Lunatic asylums Madras 1892-1911 - 1892-1911
Year: 1892
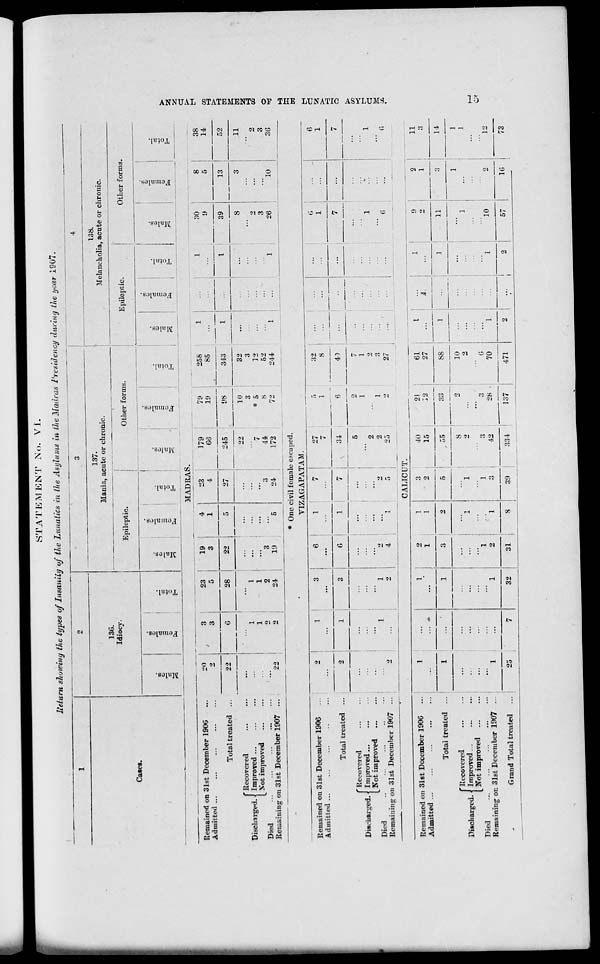
STATEMENT No. VI.
lieturn showing the types of Insanity of the Lunatics in the Asylums in the Madras Presidency during the year 1907.
1
a
3
4
13G.
Idiocy.
137.
Mania, acute or chronic.
138.
Melancholia, acute or chronic.
Cases.
Epileptic.
Other forms.
Epileptic.
Other forms.
CO
o
Females.
Total.
to
to
—
•
a,
gl 3
a
fi
I
. 1- j 1
£
i
o
S
fci
=H
1
1
Females.
-.3
CD
"3
3
Females.
!
Total.
MADRAS.
Remained on 31st December 190G
Admitted ...
Total treated
"Recovered
Discharged. Improved...
Not improved
Died
Remaining on 31st December 1907
20
3
23
19
4
23
2
3
5
3
1
4
22
G
28
22
5
27
...
i
1
...
...
1
1
...
...
o
2
3
3
22
2
24
19
5
24
179
GG
245
i
44
172
* One civil female escaped.
VIZAGAPATAM.
Remained on 31st December 1906
Admitted ...
Total treated
[Recovered
Improved ...
Not improved
Died
Rcmaininc on 31st December 1907
CALICUT.
Remained on 31st December 190G
Admitted
Total treated
"Recovered
Discharged.- Improved...
Not improved
Died
Remaining on 31st December 1907
Grand Total treated
32
1
31
3
40
15
55
8
•>
3
42
21
12
33
28
39
334
137
61
I
27
...
88
1
10
2
...
6
70
1
471
2
9
•>
2
1
11
10
1G
79
258
1
1
30
8
38
19
85
...
9
5
14
( M
343
I
1
39
13
52
10
32
1
8
3
11
3
3
...
...
• 5
12
...
2
2
8
52
3
3
72
244
1
1
26
10
3G
2
1
3
e
1
7
27
5
32
6
6
...
...
7
1
8 !
1
1
2
1
3
G
1
7
34
6
4)
7
...
7
...
...
5
2
7
1
1
...
...
2
2
i
.:.
1
1
1
2
2
2
1
:;
...
2
2
4
1
5
25
-
27
1
6
...
6
11
3
14
73
!>
>
ce
>
H
H
g
fed
02
o
H
W
H
t-"
cj
S3
>
(-3
i—i
Q
to
GO
f
d